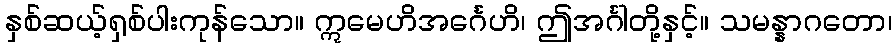
နှစ်ဆယ့်ရှစ်ပါးကုန်သော။ ဣမေဟိအင်္ဂေဟိ၊ ဤအင်္ဂါတို့နှင့်။ သမန္နာဂတော၊